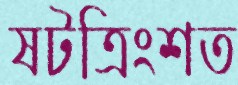
ষটত্রিংশত